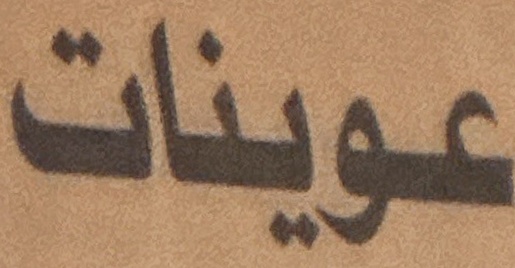
عوينات